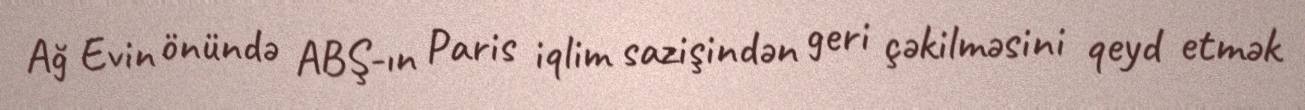
Ağ Evin önündə ABŞ-ın Paris iqlim sazişindən geri çəkilməsini qeyd etmək